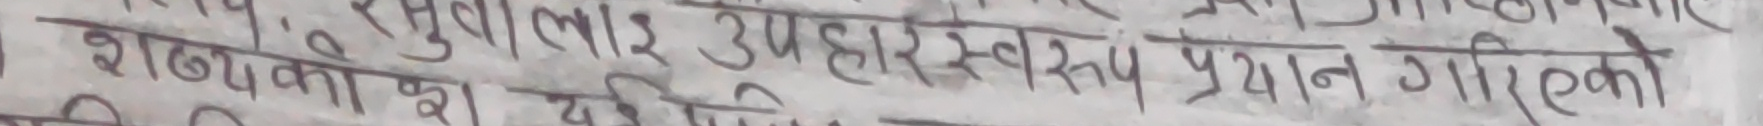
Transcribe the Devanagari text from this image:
शब्दको रक्षा शक्ति स्वरूप प्रदान गरिएको ।